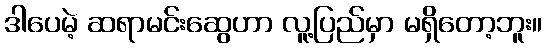
ဒါပေမဲ့ ဆရာမင်းဆွေဟာ လူ့ပြည်မှာ မရှိတော့ဘူး။